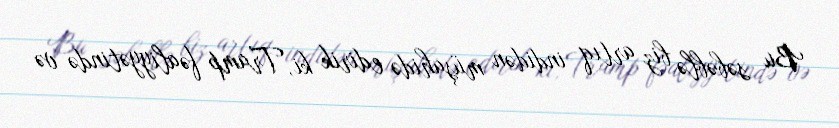
Bu səbəblə biz artıq indidən müşahidə edirik ki, Tramp fəaliyyətində və